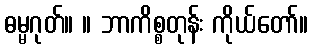
ဓမ္မဂုတ်။ ။ ဘာကိစ္စတုန်း ကိုယ်တော်။